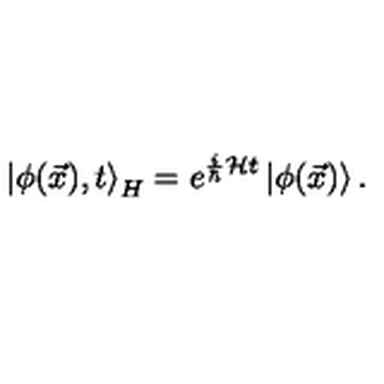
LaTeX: \left| \phi ( \vec { x } ) , t \right> _ { H } = e ^ { \frac { i } { \hbar } { \cal { H } } t } \left| \phi ( \vec { x } ) \right> .